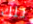
تلك